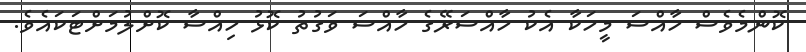
ކޮންމެވެސް ހާއްސަ މީހަކާ އެކު ހާއްސަރޭގެ ހާއްސަ ވަގުތު ކޮޅު ހިއްސާ ކޮށްލުމަށްޓަކައެވެ.